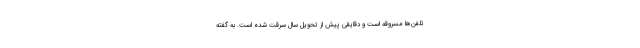
تلفن‌ها مسروقه است و دقایقی پیش از تحویل سال سرقت شده است. به گفته